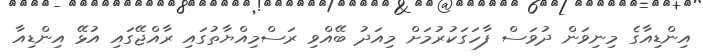
އިންޑިއާގެ މިނިވަަން ދުވަސް ފާހަގަކުރުމަށް މިއަދު ބޭއްވި ރަސްމިއްޔާތުގައި ރާއްޖޭގައި އުޅޭ އިންޑިއާ